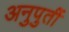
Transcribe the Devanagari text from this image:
अनुपुर्ती